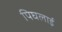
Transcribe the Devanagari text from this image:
पिघलाई